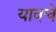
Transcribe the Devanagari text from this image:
यावचे